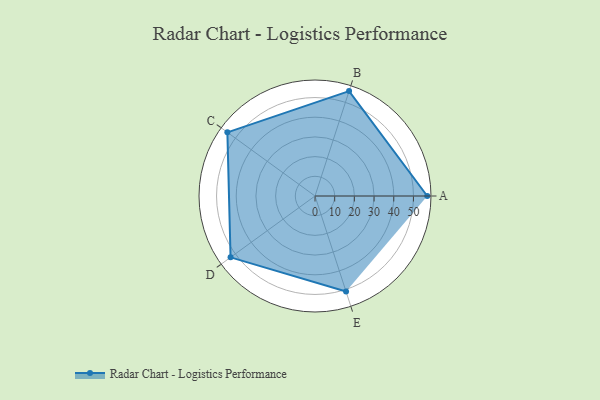
{"axis": {"x": "Skill", "y": "Score"}, "legend": ["Profile"], "data": [{"x": "A", "y": 57.0, "type": "Profile"}, {"x": "B", "y": 56.0, "type": "Profile"}, {"x": "C", "y": 55.0, "type": "Profile"}, {"x": "D", "y": 53.0, "type": "Profile"}, {"x": "E", "y": 51.0, "type": "Profile"}]}